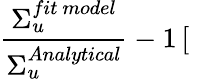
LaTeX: \frac{\Sigma_{u}^{fit\ model}}{\Sigma_{u}^{Analytical}}-1\, [\